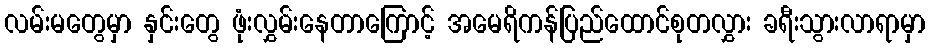
လမ်းမတွေမှာ နှင်းတွေ ဖုံးလွှမ်းနေတာကြောင့် အမေရိကန်ပြည်ထောင်စုတလွှား ခရီးသွားလာရာမှာ